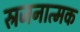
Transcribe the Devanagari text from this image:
स्रजनात्मक